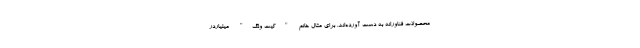
محصولات فناورانه به دست آورده‌اند. برای مثال خانم "کیت ونگ" میلیاردر